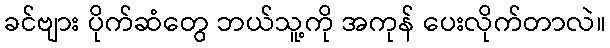
ခင်ဗျား ပိုက်ဆံတွေ ဘယ်သူ့ကို အကုန် ပေးလိုက်တာလဲ။